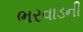
ભરવાડની